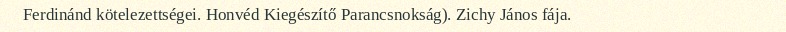
Ferdinánd kötelezettségei. Honvéd Kiegészítő Parancsnokság). Zichy János fája.